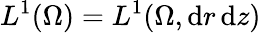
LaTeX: L^{1}(\Omega)=L^{1}(\Omega,\mathrm{d}r\, \mathrm{d}z)